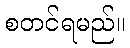
စတင်ရမည်။